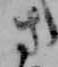
さ